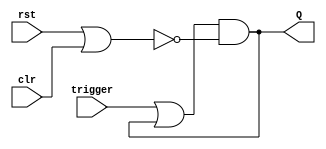
`timescale 1ns / 1ps
//////////////////////////////////////////////////////////////////////////////////
// Company: 
// Engineer: 
// 
// Design Name: 
// Module Name:    RSLatch 
// Project Name: 
// Target Devices: 
// Tool versions: 
// Description: 
//
// Dependencies: 
//
// Revision: 
// Revision 0.01 - File Created
// Additional Comments: 
//
//////////////////////////////////////////////////////////////////////////////////
module RSLatch(
    input trigger,
    input clr,
    input rst,
    output Q
    );
	
	
	//input trigger,clr,rst;
	//output Q;
	wire x;
	
	//using blocking
	assign x = (trigger | Q);
	assign Q = x & ~(rst|clr);
	
endmodule